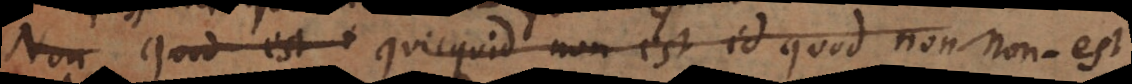
Non Quod est Quicquid non est id quod non non‐est.